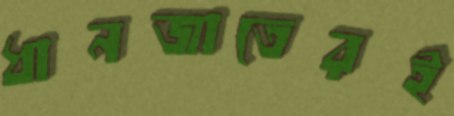
ধানজাতেরই